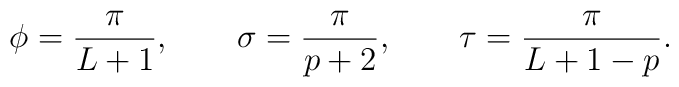
\phi=\frac{\pi}{L+1},\qquad \sigma=\frac{\pi}{p+2},\qquad \tau=\frac{\pi}{L+1-p}.